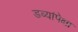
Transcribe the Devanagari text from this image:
डब्यांपेक्षा